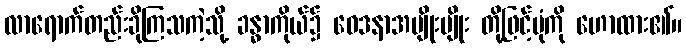
လာရောက်တည်းခိုကြသကဲ့သို့ ခန္ဓာကိုယ်၌ ဝေဒနာအမျိုးမျိုး တို့ဖြင့်ပုံကို ဟောထား၏။